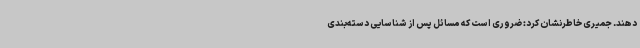
دهند. جمیری خاطرنشان کرد: ضروری است که مسائل پس از شناسایی دسته‌بندی